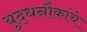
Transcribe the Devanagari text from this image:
युद्धनौकांचे